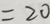
= 2 0